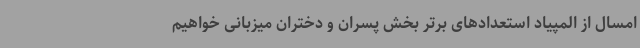
امسال از المپیاد استعدادهای برتر بخش پسران و دختران میزبانی خواهیم